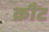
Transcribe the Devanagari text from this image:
क्रौट